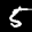
Label: 5